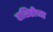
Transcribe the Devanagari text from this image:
वाशिष्ठीच्या